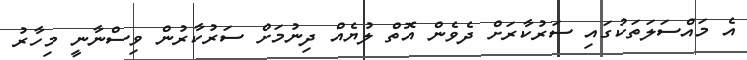
އެ މައްސަލަތަކުގައި ސަރުކާރަށް ދެވެން އޮތް ލުޔެއް ދިނުމަށް ސަރުކާރުން ވިސްނާނީ މިހާރު